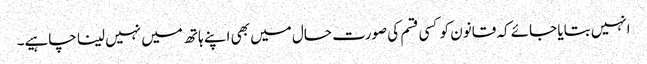
انہیں بتایا جائے کہ قانون کو کسی قسم کی صورت حال میں بھی اپنے ہاتھ میں نہیں لینا چاہیے۔